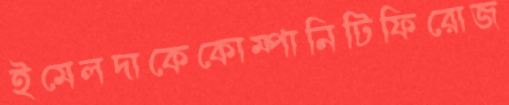
ইমেলদাকেকোম্পানিটিফিরোজ